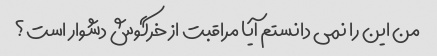
من این را نمی دانستم آیا مراقبت از خرگوش دشوار است؟